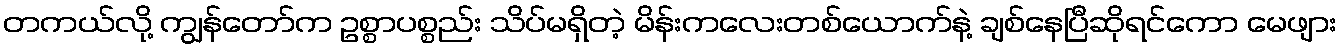
တကယ်လို့ ကျွန်တော်က ဥစ္စာပစ္စည်း သိပ်မရှိတဲ့ မိန်းကလေးတစ်ယောက်နဲ့ ချစ်နေပြီဆိုရင်ကော မေဖျား